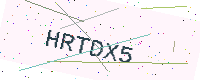
Text: HRTDX5